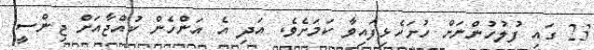
23 ގައި ފުލުހުންނަށް ހުށަހެޅިފައިވާ ކަމަށެވެ. އަދި އެ އަންހެން ކުއްޖާއަށް ޖިންސީ